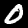
Label: 0